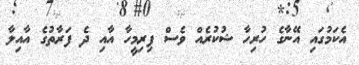
އެކަމުގައި އޭނާގެ ހުރިހާ ޝުކުރެއް ވެސް ފިރިމީހާ އާއި ދެ ފަރާތުގެ އާއިލާ